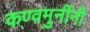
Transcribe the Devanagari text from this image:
कण्वमुनींनी